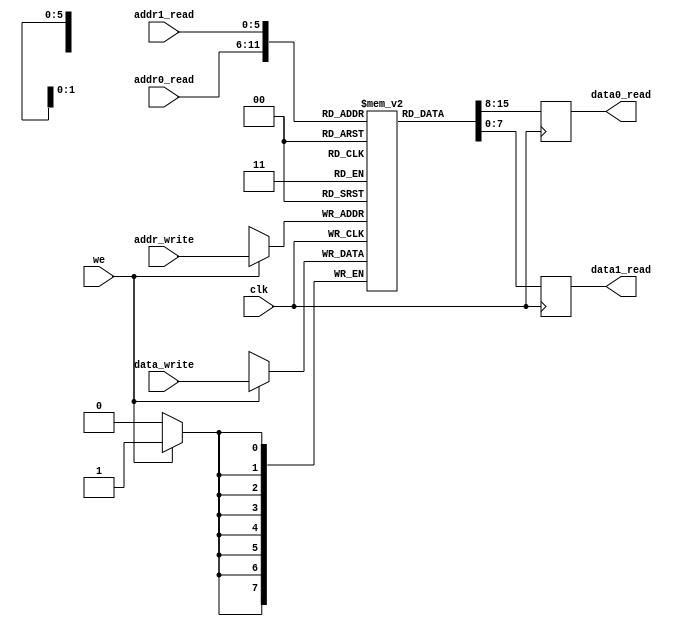
`timescale 1ns / 1ps
//////////////////////////////////////////////////////////////////////////////////
// Company: 
// Engineer: 
// 
// Design Name: 
// Module Name: ram64x8
// Project Name: 
// Target Devices: 
// Tool Versions: 
// Description: 
// 
// Dependencies: 
// 
// Revision:
// Revision 0.01 - File Created
// Additional Comments:
// 
//////////////////////////////////////////////////////////////////////////////////


module ram64x8(
    input clk,
    input we,
    input [5:0] addr_write,
    input [5:0] addr0_read,
    input [5:0] addr1_read,
    input [7:0] data_write,
    output reg [7:0] data0_read,
    output reg [7:0] data1_read
    );
    
    reg [7:0] my_memory[63:0];
    
    always@(posedge clk)begin
        data0_read <= my_memory[addr0_read];
        data1_read <= my_memory[addr1_read];
    end
    
    always@(posedge clk)begin
        if(we)begin
            my_memory[addr_write] <= data_write;
        end
    end
    
endmodule